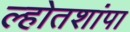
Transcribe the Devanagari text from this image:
ल्होतशांपा